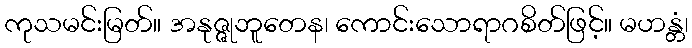
ကုသမင်းမြတ်။ အနုဇ္ဇုဘူတေန၊ ကောင်းသောရာဂစိတ်ဖြင့်။ မဟန္တံ၊